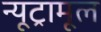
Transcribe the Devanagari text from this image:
न्यूट्रामूल